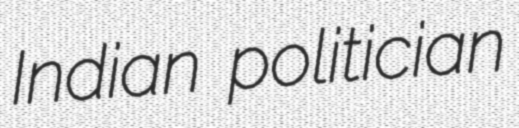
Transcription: Indian politician